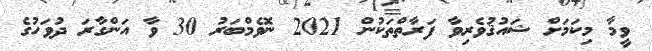
ވީމާ މިކަމަށް ޝައުޤުވެރިވާ ފަރާތްތަކުން 2021 ނޮވެމްބަރު 30 ވާ އަންގާރަ ދުވަހުގެ